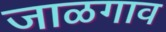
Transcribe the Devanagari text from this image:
जाळगाव